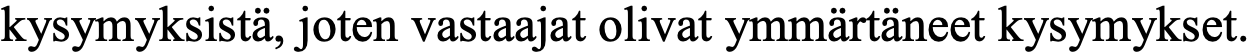
kysymyksistä, joten vastaajat olivat ymmärtäneet kysymykset.